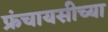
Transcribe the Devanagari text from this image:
फ्रंचायसीच्या